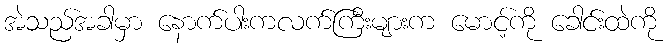
အဲသည်အခါမှာ နောက်ပါးကလက်ကြီးများက မောင့်ကို ခေါင်းထဲကို